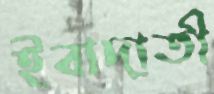
ইবাদাতী